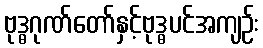
ဗုဒ္ဓဂုဏ်တော်နှင့်ဗုဒ္ဓပင်အကျဉ်း